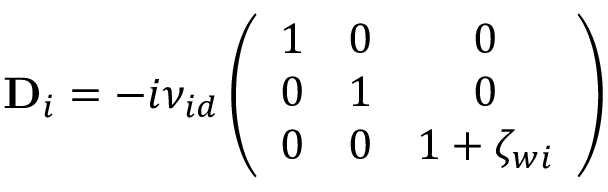
\mathbf { D } _ { i } = - i { \nu _ { i d } } \left( \begin{array} { c c c } { 1 } & { 0 } & { 0 } \\ { 0 } & { 1 } & { 0 } \\ { 0 } & { 0 } & { 1 + \zeta _ { w i } } \end{array} \right)